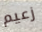
زعيم